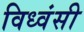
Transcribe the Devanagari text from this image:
विध्वंसी